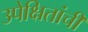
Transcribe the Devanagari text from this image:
उपेक्षितांची